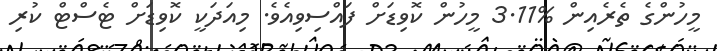
މީހުންގެ ތެރެއިން %3.11 މީހުން ކޮވިޑަށް ފައްސިވިއެވެ. މިއަދަކީ ކޮވިޑަށް ޓެސްޓް ކުރި